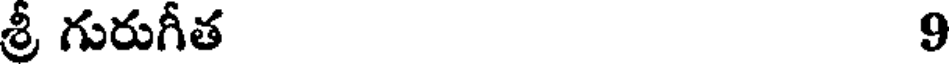
శ్రీ గురుగీత 9